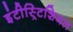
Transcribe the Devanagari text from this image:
इंटीस्र्टिशियल